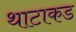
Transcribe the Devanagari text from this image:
थाटाकड